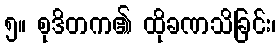
၅။ စုဒိတက၏ ထိုခဏသိခြင်း၊